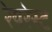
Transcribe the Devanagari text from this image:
रेयरेस्ट